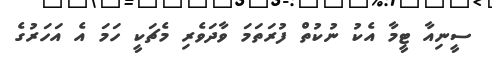
ސީނިއާ ޓީމާ އެކު ނުކުތް ފުރަތަމަ ވާދަވެރި މެޗަކީ ހަމަ އެ އަހަރުގެ